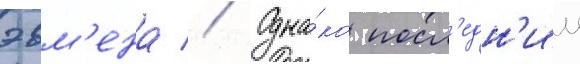
эвм'ена // Одна́ко посл'едн'ии